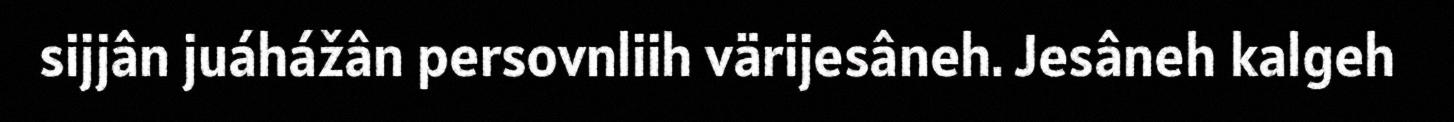
sijjân juáhážân persovnliih värijesâneh. Jesâneh kalgeh